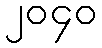
၂၀၄၀